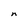
Character: n